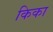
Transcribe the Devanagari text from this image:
किका